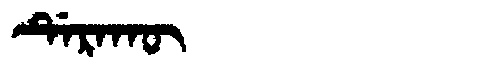
Manchu: ᡩᡝᡵᠠᡴᡡ
Romanization: DERAKŪ